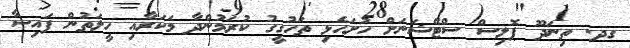
ގދ. ތިނަދޫ ޕޮލިސް ސްޓޭޝަނަށް ހުށަހެޅި ތަހުގީގު ކުރަމުންދާ މަކަރާއި ހީލަތުން ފައިސާ